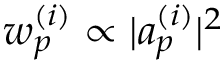
w _ { p } ^ { ( i ) } \propto | a _ { p } ^ { ( i ) } | ^ { 2 }